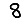
Digit: 8